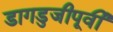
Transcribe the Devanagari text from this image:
डागडुजीपूर्वी